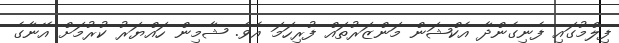
ފިލްމުގައި ފެނިގެންދާ އެކްޝަން މަންޒަރުތައް ފުރިހަމަ އެވެ. ޝާމިން ހައްޔަރު ކުރުމަށް އޭނާގެ